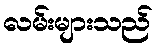
လမ်းများသည်